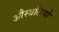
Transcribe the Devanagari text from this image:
औस्त्रलियो